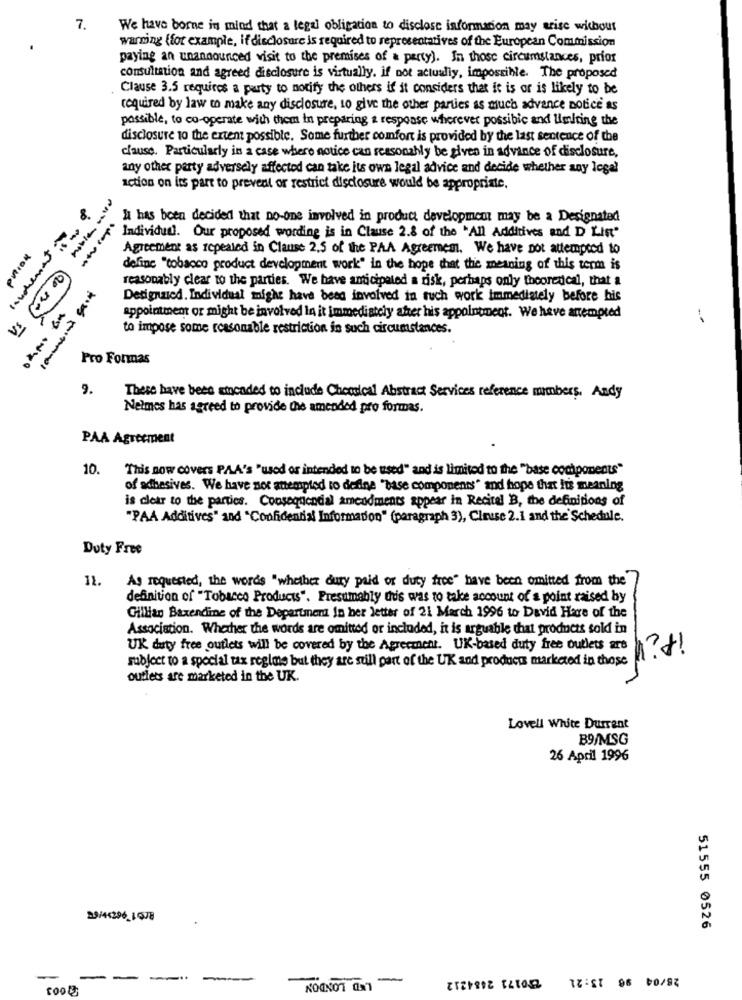
7.
We have borne in mind that a legal obligation to disclose information may arise without
warming (for example, if disclosure is required to representatives of the European Commission
paying an unannounced visit to the premises of a party). In those circumstances, prior
consultation and agreed disclosure is virtually, if not actually, impossible. The proposed
Clause 3.5 requires a party to notify the others if it considers that it is or is likely to be
required by law to make any disclosure, to give the other parties as much advance notice as
possible, to co-operate with them in preparing & response wherever possibic and limiting the
disclosure to the extent possible. Some further comfort is provided by the last sentence of the
clause. Particularly in a case where notice can reasonably be given in advance of disclosure,
any other party adversely affected can take its own legal advice and decide whether any legal
action on its part to prevent or restrict disclosure would be appropriate.
I has been decided that no-one involved in product development may be a Designated
Individual. Our proposed wording is in Clause 2.8 of the "All Additives and D List"
Agreement as repealed in Clause 2,5 of the PAA Agreemem. We have not attempted to
definc "tobacco product development work" in the hope that the meaning of this term is
round
reasonably clear to the parties. We have anticipated a risk, perhaps only theoretical, that a
Designucd. Individual might have been involved in ruch work immediately before his
appointment or might be involved la it immediately after his appointment. We have antempted
to impose some reasonable restriction in such circumstances.
Pro Formas
9.
These have been sicaded to include Checolcal Abstract Services reference members. Andy
Nelmes has agreed to provide the amended pro formas.
PAA Agreement
10.
This now covers PAA's "used or intended to be used" and is limited to the "base components"
of adhesives. We have not attempted to define "base components" and hope that its meaning
is clear to the parties. Consequential amendments appear in Recital B, the definitions of
"PAA Additives" and "Confidential Information" (paragraph 3), Ciruse 2.1 and the Schedule.
Duty Free
12.
As requested, the words "whether dury paid or duty free" have been omitted from the
definition of "Tobacco Products". Presumably dus was to take account of a point raised by
Gillian Baxendine of the Department In her letter of 21 March 1996 to David Hare of the
Association. Whether the words are omitted or included, it is arguable that products sold in
UK duty free outlets will be covered by the Agreement. UK-based duty free outlets are
subject to a special tax regime but they are still part of the UK and products marketed in those
outlets are marketed in the UK.
Lovell White Durrent
B9/MSG
26 April 1996
89/44296_1678
51555 0526
---
-